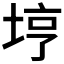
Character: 𫭸